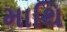
માથિ